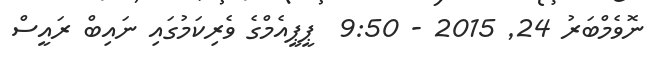
ނޮވެމްބަރު 24